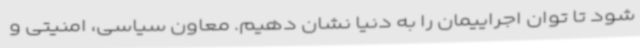
شود تا توان اجراییمان را به دنیا نشان دهیم. معاون سیاسی، امنیتی و